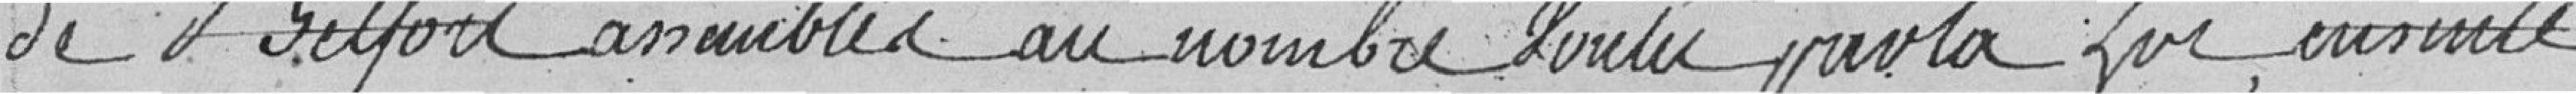
de Belfort assemblés au nombre voulu par la loi inscrite